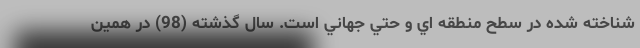
شناخته شده در سطح منطقه اي و حتي جهاني است. سال گذشته (98) در همين